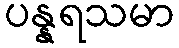
ပန္နရသမာ